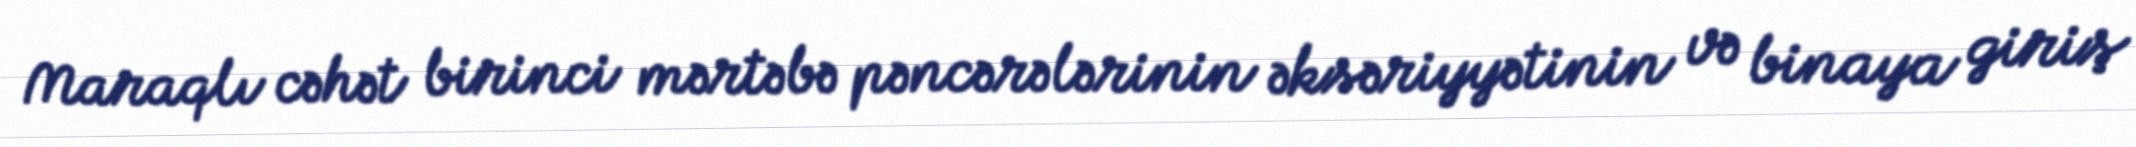
Maraqlı cəhət birinci mərtəbə pəncərələrinin əksəriyyətinin və binaya giriş